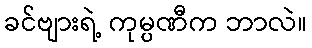
ခင်ဗျားရဲ့ ကုမ္ပဏီက ဘာလဲ။